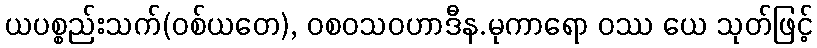
ယပစ္စည်းသက်(ဝစ်ယတေ), ဝစဝသဝဟာဒီန.မုကာရော ဝဿ ယေ သုတ်ဖြင့်